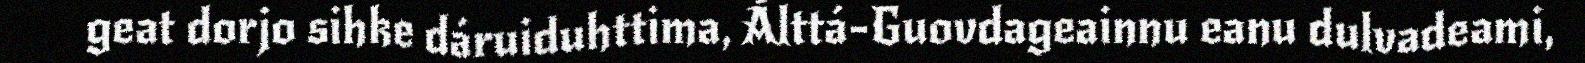
geat dorjo sihke dáruiduhttima, Álttá-Guovdageainnu eanu dulvadeami,